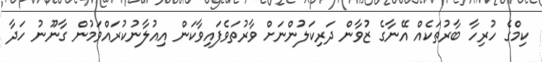
ކިމްގެ ހުރިހާ ބާރުތަކެއް އޭނާގެ ޒުވާން ދަރިކަލުންނަށް ވާރުތަވެފައިވާކަން އިއުލާނުކުރައްވަމުން ގާނޫނު ހަދާ